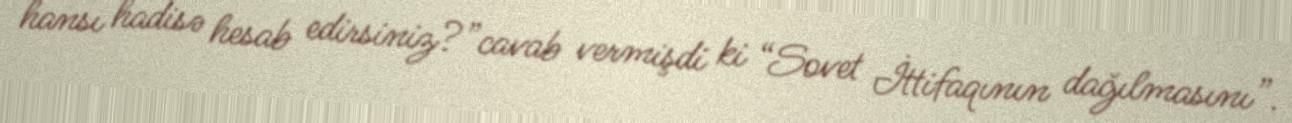
hansı hadisə hesab edirsiniz?”cavab vermişdi ki “Sovet İttifaqının dağılmasını”.